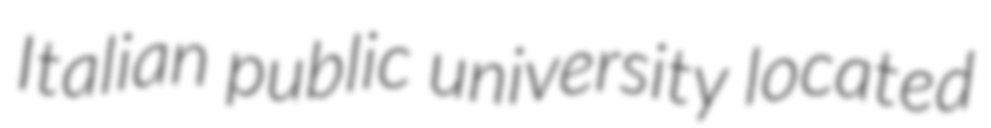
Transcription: Italian public university located